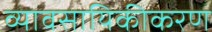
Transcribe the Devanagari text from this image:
व्यावसायिकीकरण